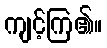
ကျင့်ကြ၏။